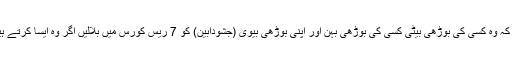
بیٹی بچاؤ ، بیٹی پڑھاؤ کا نعرہ دینے والے مودی جی کیلئے اب بھی وقت ہے کہ وہ کسی کی بوڑھی بیٹی کسی کی بوڑھی بہن اور اپنی بوڑھی بیوی (جشودابین) کو 7 ریس کورس میں بلالیں اگر وہ ایسا کرتے ہیں تو صرف جشودا بین پر ہی نہیں بلکہ ہندوستانی خواتین پر ایک احسان ہوگا ۔